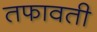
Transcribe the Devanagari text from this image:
तफावती